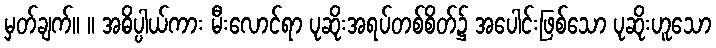
မှတ်ချက်။ ။ အဓိပ္ပါယ်ကား မီးလောင်ရာ ပုဆိုးအရပ်တစ်စိတ်၌ အပေါင်းဖြစ်သော ပုဆိုးဟူသော